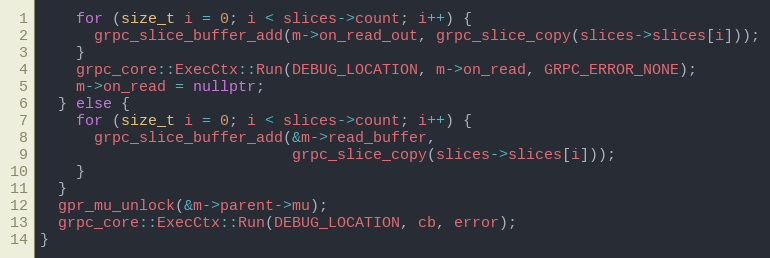
Language: C++
    for (size_t i = 0; i < slices->count; i++) {
      grpc_slice_buffer_add(m->on_read_out, grpc_slice_copy(slices->slices[i]));
    }
    grpc_core::ExecCtx::Run(DEBUG_LOCATION, m->on_read, GRPC_ERROR_NONE);
    m->on_read = nullptr;
  } else {
    for (size_t i = 0; i < slices->count; i++) {
      grpc_slice_buffer_add(&m->read_buffer,
                            grpc_slice_copy(slices->slices[i]));
    }
  }
  gpr_mu_unlock(&m->parent->mu);
  grpc_core::ExecCtx::Run(DEBUG_LOCATION, cb, error);
}